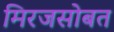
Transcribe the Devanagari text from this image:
मिरजसोबत